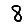
Digit: 8